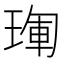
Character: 𤦳